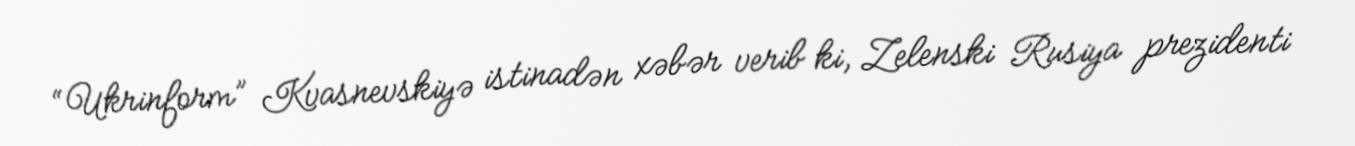
“Ukrinform” Kvasnevskiyə istinadən xəbər verib ki, Zelenski Rusiya prezidenti